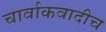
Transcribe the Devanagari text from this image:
चार्वाकवादीच